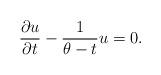
LaTeX: \begin{align*} \frac{\partial u}{\partial t}-\frac{1}{\theta-t} u=0.\end{align*}